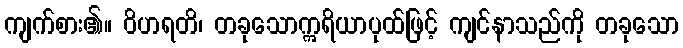
ကျက်စား၏။ ဝိဟရတိ၊ တခုသောဣရိယာပုထ်ဖြင့် ကျင်နာသည်ကို တခုသော